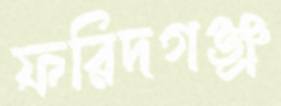
ফরিদগঞ্জ্র